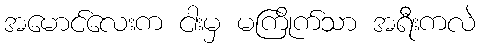
အမောင်လေးက ငါးမှ မကြိုက်သာ အရီးကလဲ